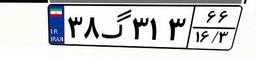
۹۷گ۳۲۸۷۹